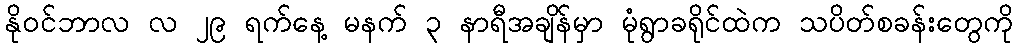
နိုဝင်ဘာလ လ ၂၉ ရက်နေ့ မနက် ၃ နာရီအချိန်မှာ မုံရွာခရိုင်ထဲက သပိတ်စခန်းတွေကို